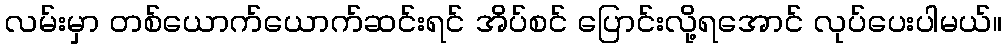
လမ်းမှာ တစ်ယောက်ယောက်ဆင်းရင် အိပ်စင် ပြောင်းလို့ရအောင် လုပ်ပေးပါမယ်။